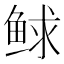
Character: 𩾁